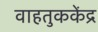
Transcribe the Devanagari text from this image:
वाहतुककेंद्र